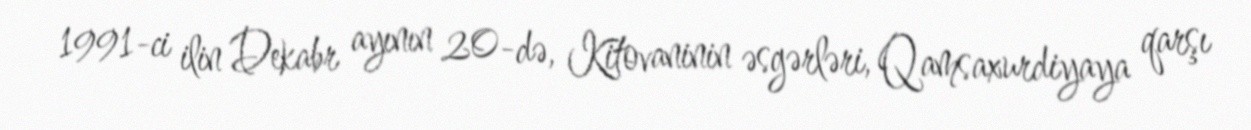
1991-ci ilin Dekabr ayının 20-də, Kitovaninin əsgərləri, Qamsaxurdiyaya qarşı